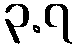
၃.၇